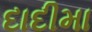
દાદીમા